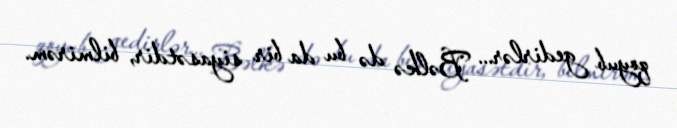
qoyub gedirlər... Bəlkə də bu da bir siyasətdir, bilmirəm.